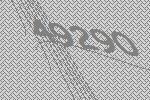
49290